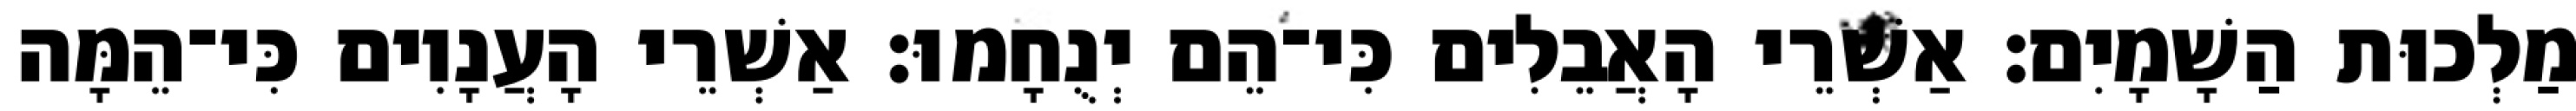
מַלְכוּת הַשָׁמָיִם׃ אַשְׁרֵי הָאֲבֵלִים כִּי־הֵם יְנֻחָמוּ׃ אַשְׁרֵי הָעֲנָוִים כִּי־הֵמָּה